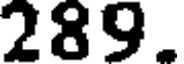
289.